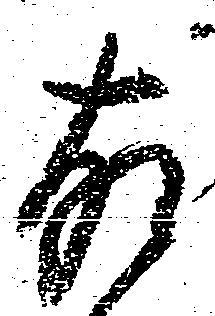
故